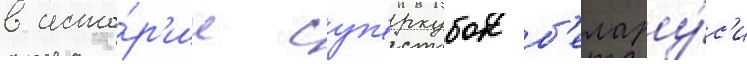
в исто́р'ии суп'еркубок б'елару́с'и